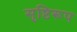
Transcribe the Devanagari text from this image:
सृष्टिरूप